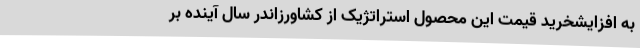
به افزایشخرید قیمت این محصول استراتژیک از کشاورزاندر سال آینده بر